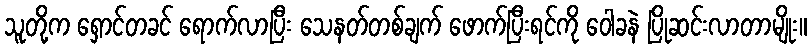
သူတို့က ရှောင်တခင် ရောက်လာပြီး သေနတ်တစ်ချက် ဖောက်ပြီးရင်ကို ဝေါခနဲ ပြိုဆင်းလာတာမျိုး။